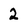
Character: 2